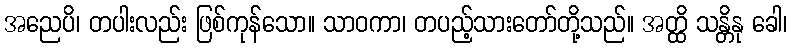
အညေပိ၊ တပါးလည်း ဖြစ်ကုန်သော။ သာဝကာ၊ တပည့်သားတော်တို့သည်။ အတ္ထိ သန္တိနု ခေါ၊